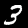
Label: 3